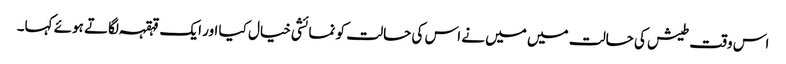
اس وقت طیش کی حالت میں میں نے اس کی حالت کو نمائشی خیال کیا اور ایک قہقہہ لگاتے ہوئے کہا۔